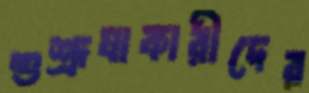
শুশ্রূষাকারীদের